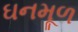
ઘનમૂળ